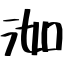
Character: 洳